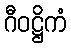
ဂီဝဋ္ဌိကံ